Indian journal of veterinary science and animal husbandry - Volumes 24-25, 1954-1955
Year: 1954
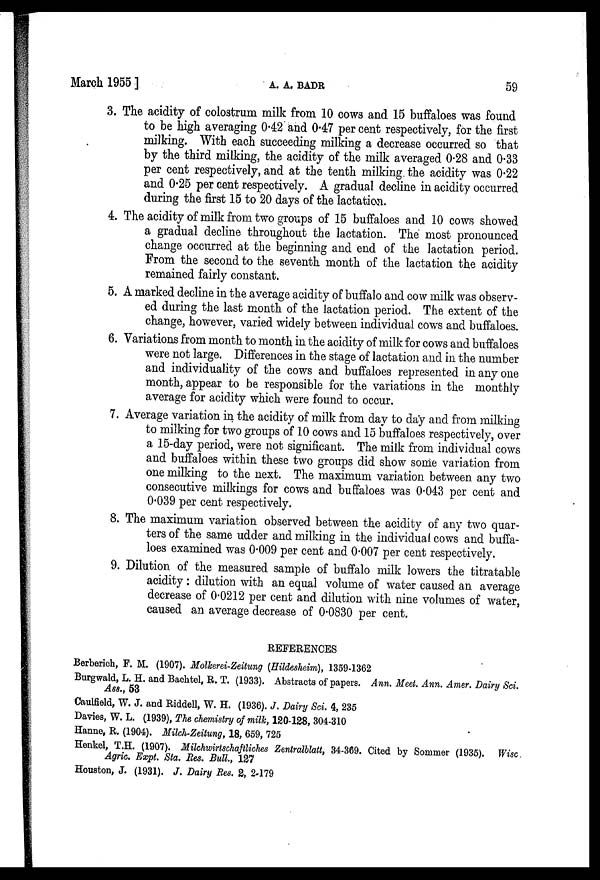
March 1955]
A.
A.
BADR
59
3. The acidity of colostrum milk from 10 cows and 15 buffaloes was found
to be high averaging 0.42 and 0.47 per cent respectively, for the first
milking. With each succeeding milking a decrease occurred so that
by the third milking, the acidity of the milk averaged 0.28 and 0.33
per cent respectively, and at the tenth milking the acidity was 0.22
and 0.25 per cent respectively. A gradual decline in acidity occurred
during the first 15 to 20 days of the lactation.
4. The acidity of milk from two groups of 15 buffaloes and 10 cows showed
a gradual decline throughout the lactation. The most pronounced
change occurred at the beginning and end of the lactation period.
From the second to the seventh month of the lactation the acidity
remained fairly constant.
5. A marked decline in the average acidity of buffalo and cow milk was observ-
ed during the last month of the lactation period. The extent of the
change, however, varied widely between individual cows and buffaloes.
6. Variations from month to month in the acidity of milk for cows and buffaloes
were not large. Differences in the stage of lactation and in the number
and individuality of the cows and buffaloes represented in any one
month, appear to be responsible for the variations in the monthly
average for acidity which were found to occur.
7. Average variation in the acidity of milk from day to day and from milking
to milking for two groups of 10 cows and 15 buffaloes respectively, over
a 15-day period, were not significant. The milk from individual cows
and buffaloes within these two groups did show some variation from
one milking to the next. The maximum variation between any two
consecutive milkings for cows and buffaloes was 0.043 per cent and
0.039 per cent respectively.
8. The maximum variation observed between the acidity of any two quar-
ters of the same udder and milking in the individual cows and buffa-
loes examined was 0.009 per cent and 0.007 per cent respectively.
9. Dilution of the measured sample of buffalo milk lowers the titratable
acidity : dilution with an equal volume of water caused an average
decrease of 0.0212 per cent and dilution with nine volumes of water,
caused an average decrease of 0.0830 per cent.
REFERENCES
Berberich, F. M. (1907). Molkerei-Zeitung (Hildesheim), 1359-1362
Burgwald, L. H. and Bachtel, R. T. (1933). Abstracts of papers. Ann. Meet. Ann. Amer. Dairy Sci.
Ass., 53
Caulfield, W. J. and Riddell, W. H. (1936). J. Dairy Sci. 4, 235
Davies, W. L. (1939), The chemistry of milk, 120-128, 304-310
Hanne, R. (1904). Milch-Zeitung, 18, 659, 725
Henkel, T.H. (1907). Milchwirtschaftliches Zentralblatt, 34-369. Cited by Sommer (1935). Wisc.
Agric. Expt. Sta. Res. Bull, 127
Houston, J. (1931). J. Dairy Res. 2, 2-179